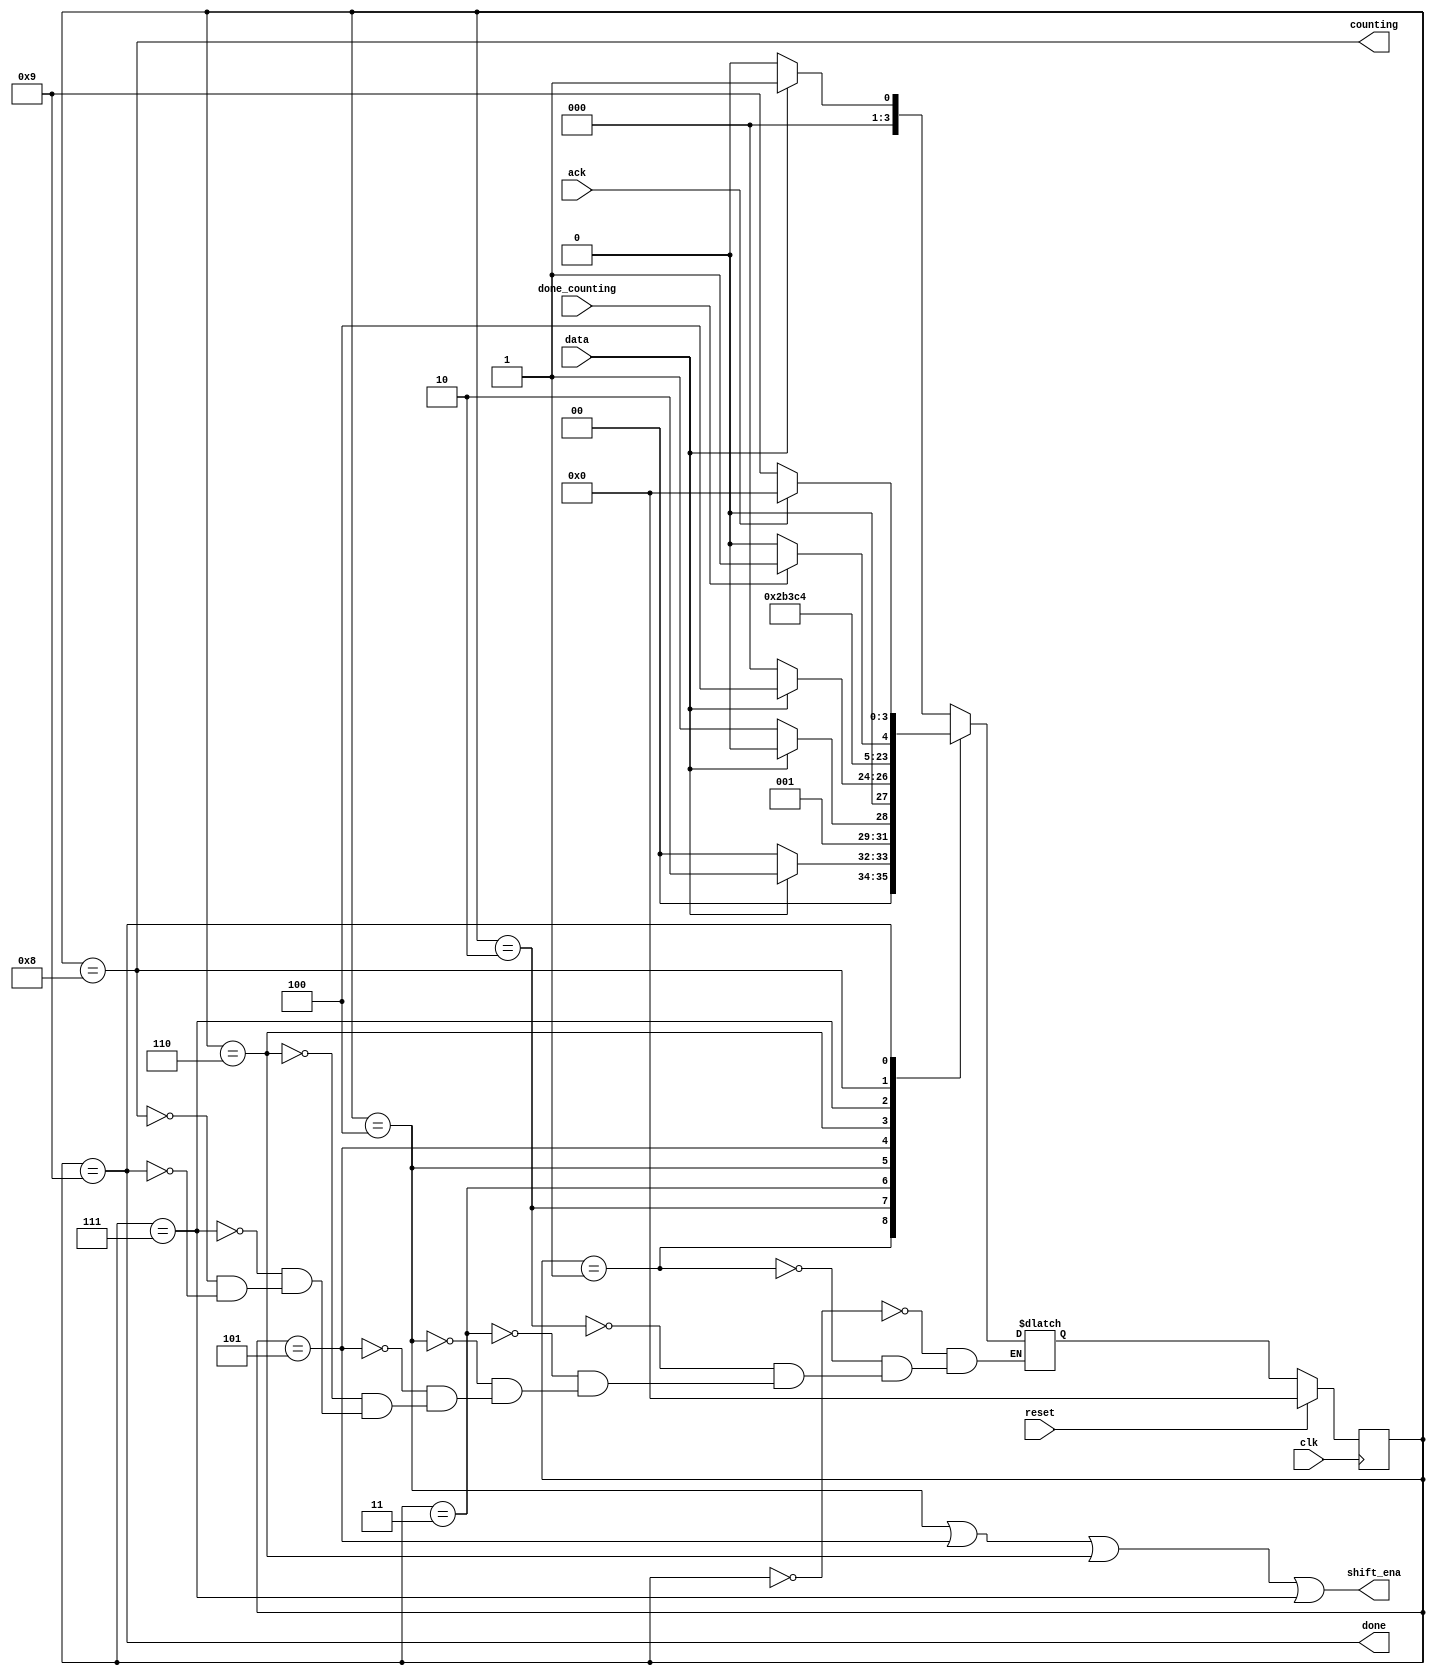
module top_module (
    input clk,
    input reset,      // Synchronous reset
    input data,
    output shift_ena,
    output counting,
    input done_counting,
    output done,
    input ack );

    parameter s=0,s1=1,s11=2,s110=3,b0=4,b1=5,b2=6,b3=7,count=8,waits=9;
    reg [3:0] state, next;
    always@(*)begin
        case(state)
        	s   : next = data ? s1 : s;
       	 	s1  : next = data ? s11 : s;
        	s11 : next = data ? s11 : s110;
        	s110: next = data ? b0 : s;
        	b0  : next = b1;
        	b1  : next = b2;
        	b2  : next = b3;
            b3  : next = count;
            count: next = done_counting ? waits : count ;
            waits: next = ack ? s : waits;
        endcase end
    
    always@(posedge clk)begin
        if(reset) state<=s;
        else state<=next;end
    
    assign shift_ena = (state==b0)| (state==b1)| (state==b2)| (state==b3);  
    assign counting = (state==count);
    assign done = (state==waits);
endmodule